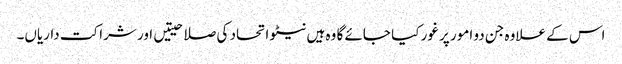
اس کے علاوہ جن دو امور پر غور کیا جائے گا وہ ہیں نیٹو اتحاد کی صلاحیتیں اور شراکت داریاں۔